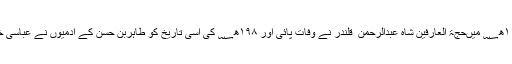
۲۵؍محرم بروز جمعرات ۱۱۹۹ھ؁ میںحجۃ العارفین شاہ عبدالرحمن ؒ قلندر نے وفات پائی اور ۱۹۸ھ؁ کی اسی تاریخ کو طاہربن حسن کے آدمیوں نے عباسی خلیفہ امین الرشید کو قتل کردیا۔